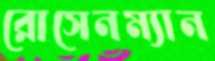
রোসেনম্যান